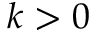
k > 0